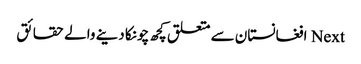
Next افغانستان سے متعلق کچھ چونکا دینے والے حقائق